Vaccine operations Central Provinces & Berar 1922-1929 - 1922-1929
Year: 1922
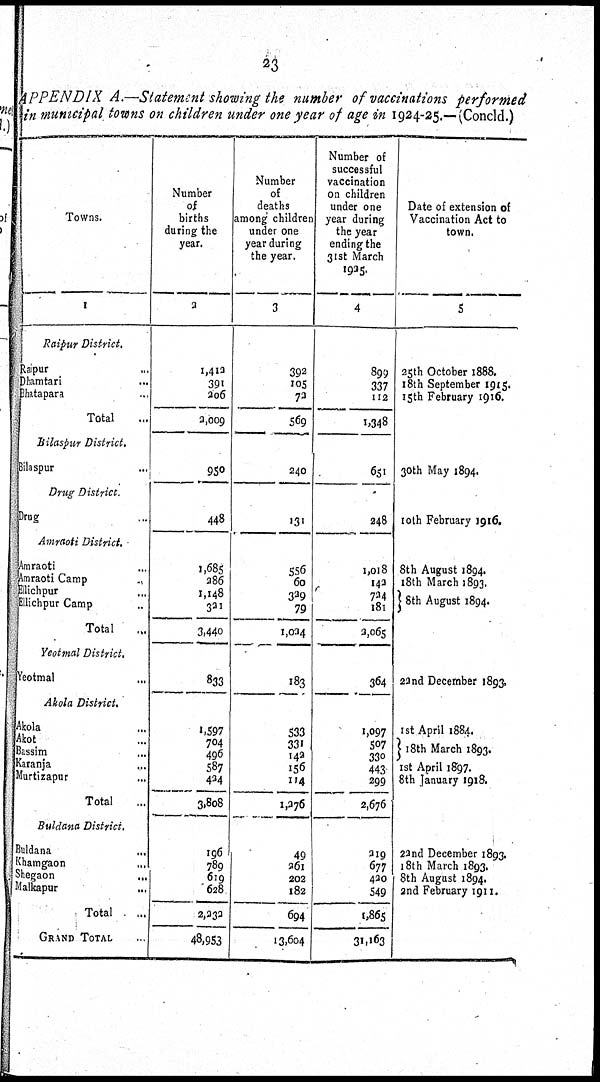
23
APPENDIX A.—Statement showing the number of vaccinations performed
in municipal towns on children under one year of age in 1924-25.—(Concld.)
Towns.
1
Raipur District.
Raipur ...
Dhamtari ...
Bhatapara ...
Total ...
Bilaspur District.
Bilaspur ...
Drug District.
Drug ...
Amraoti District.
Amraoti ...
Amraoti Camp
...
Ellichpur ...
Ellichpur Camp ...
Total ...
Yeotmal District.
Yeotmal ...
Akola District.
Akola ...
Akot ...
Bassim ...
Karanja ...
Murtizapur ...
Total ...
Buldana District.
Buldana ...
Khamgaon ...
Shegaon
...
Malkapur ...
Total ...
GRAND TOTAL ...
Number
of
births
during the
year.
2
1,412
391
206
2,009
950
448
1,685
286
1,148
321
3,440
833
1,597
704
496
587
424
3,808
196
789
619
628
2,232
48,953
Number
of
deaths
among children
under one
year during
the year.
3
392
105
72
569
240
131
556
60
329
79
1,024
183
533
331
142
156
114
1,276
49
261
202
182
694
13,604
Number of
successful
vaccination
on children
under one
year during
the year
ending the
31st March
1925.
4
899
337
112
1,348
651
248
1,018
142
724
181
2,065
364
1,097
507
330
443
299
2,676
219
677
420
549
1,865
31,163
Date of extension of
Vaccination Act to
town.
5
25th October 1888.
18th September 1915.
15th February 1916.
30th May 1894.
10th February 1916.
8th August 1894.
18th March 1893.
8th August 1894.
22nd December 1893.
1st April 1884.
18th March 1893.
1st April 1897.
8th January 1918.
22nd December 1893.
18th March 1893.
8th August 1894.
2nd February 1911.